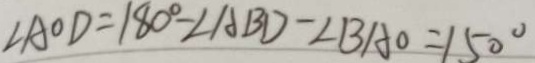
\angle A O D = 1 8 0 ^ { \circ } - \angle A B D - \angle B A O = 1 5 0 ^ { \circ }